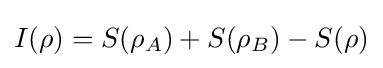
I(\rho )=S(\rho _{A})+S(\rho _{B})-S(\rho )